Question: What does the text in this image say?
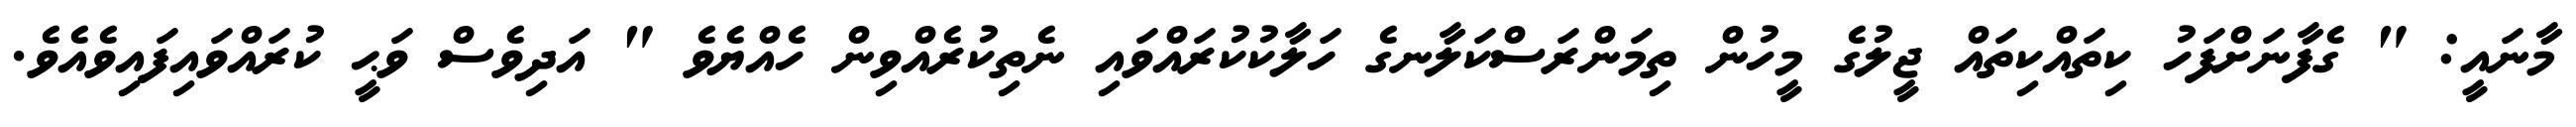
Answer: މާނައީ: " ގެފާނަށްފަހު ކިތައްކިތައް ޖީލުގެ މީހުން ތިމަންރަސްކަލާނގެ ހަލާކުކުރައްވައި ނެތިކުރެއްވިން ހެއްޔެވެ " އަދިވެސް ވަޙީ ކުރައްވައިފައިވެއެވެ.